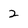
Character: 2